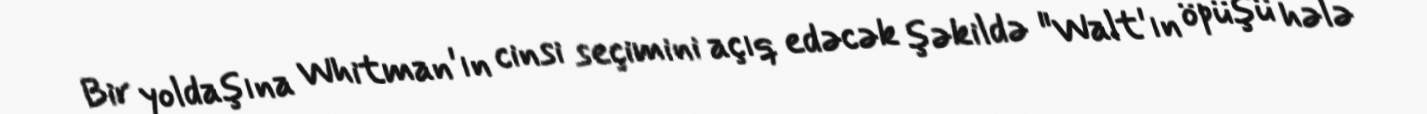
Bir yoldaşına Whitman'ın cinsi seçimini açıq edəcək şəkildə "Walt'ın öpüşü hələ